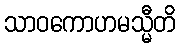
သာဝကောဟမသ္မီတိ